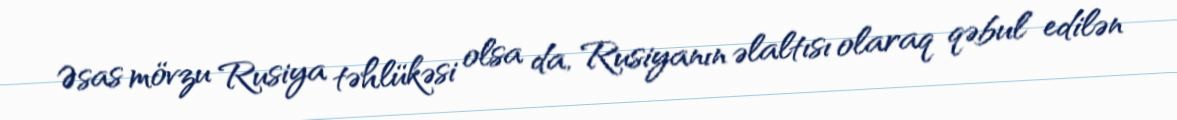
Əsas mövzu Rusiya təhlükəsi olsa da, Rusiyanın əlaltısı olaraq qəbul edilən